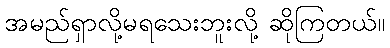
အမည်ရှာလို့မရသေးဘူးလို့ ဆိုကြတယ်။